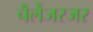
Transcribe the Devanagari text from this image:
चैलेंजरजर